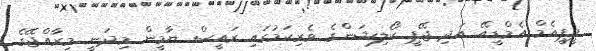
ޕީޕީއެމް އެމްޑީއޭ އަދި ޖޭޕީ ކޯލިޝަންގެ ވެރިކަމުގައި ރައީސް ޔާމީން މިދަނީ މިރާއްޖޭގެ